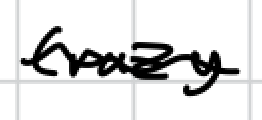
Text: crazy.
Cross-out: wave
Writing tool: digital_black